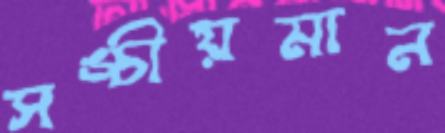
সঙ্চীয়মান